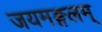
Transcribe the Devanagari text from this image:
जयमङ्गलम्‌